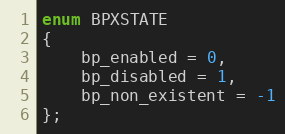
Language: C
enum BPXSTATE
{
    bp_enabled = 0,
    bp_disabled = 1,
    bp_non_existent = -1
};